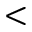
<